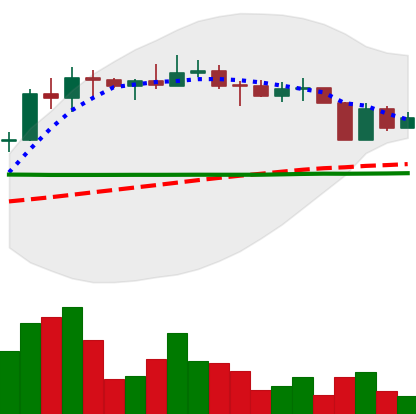
Ticker: ETC-USD
Chart end date: 2022-04-09
Forward return: -11.581%
Label: down_7plus